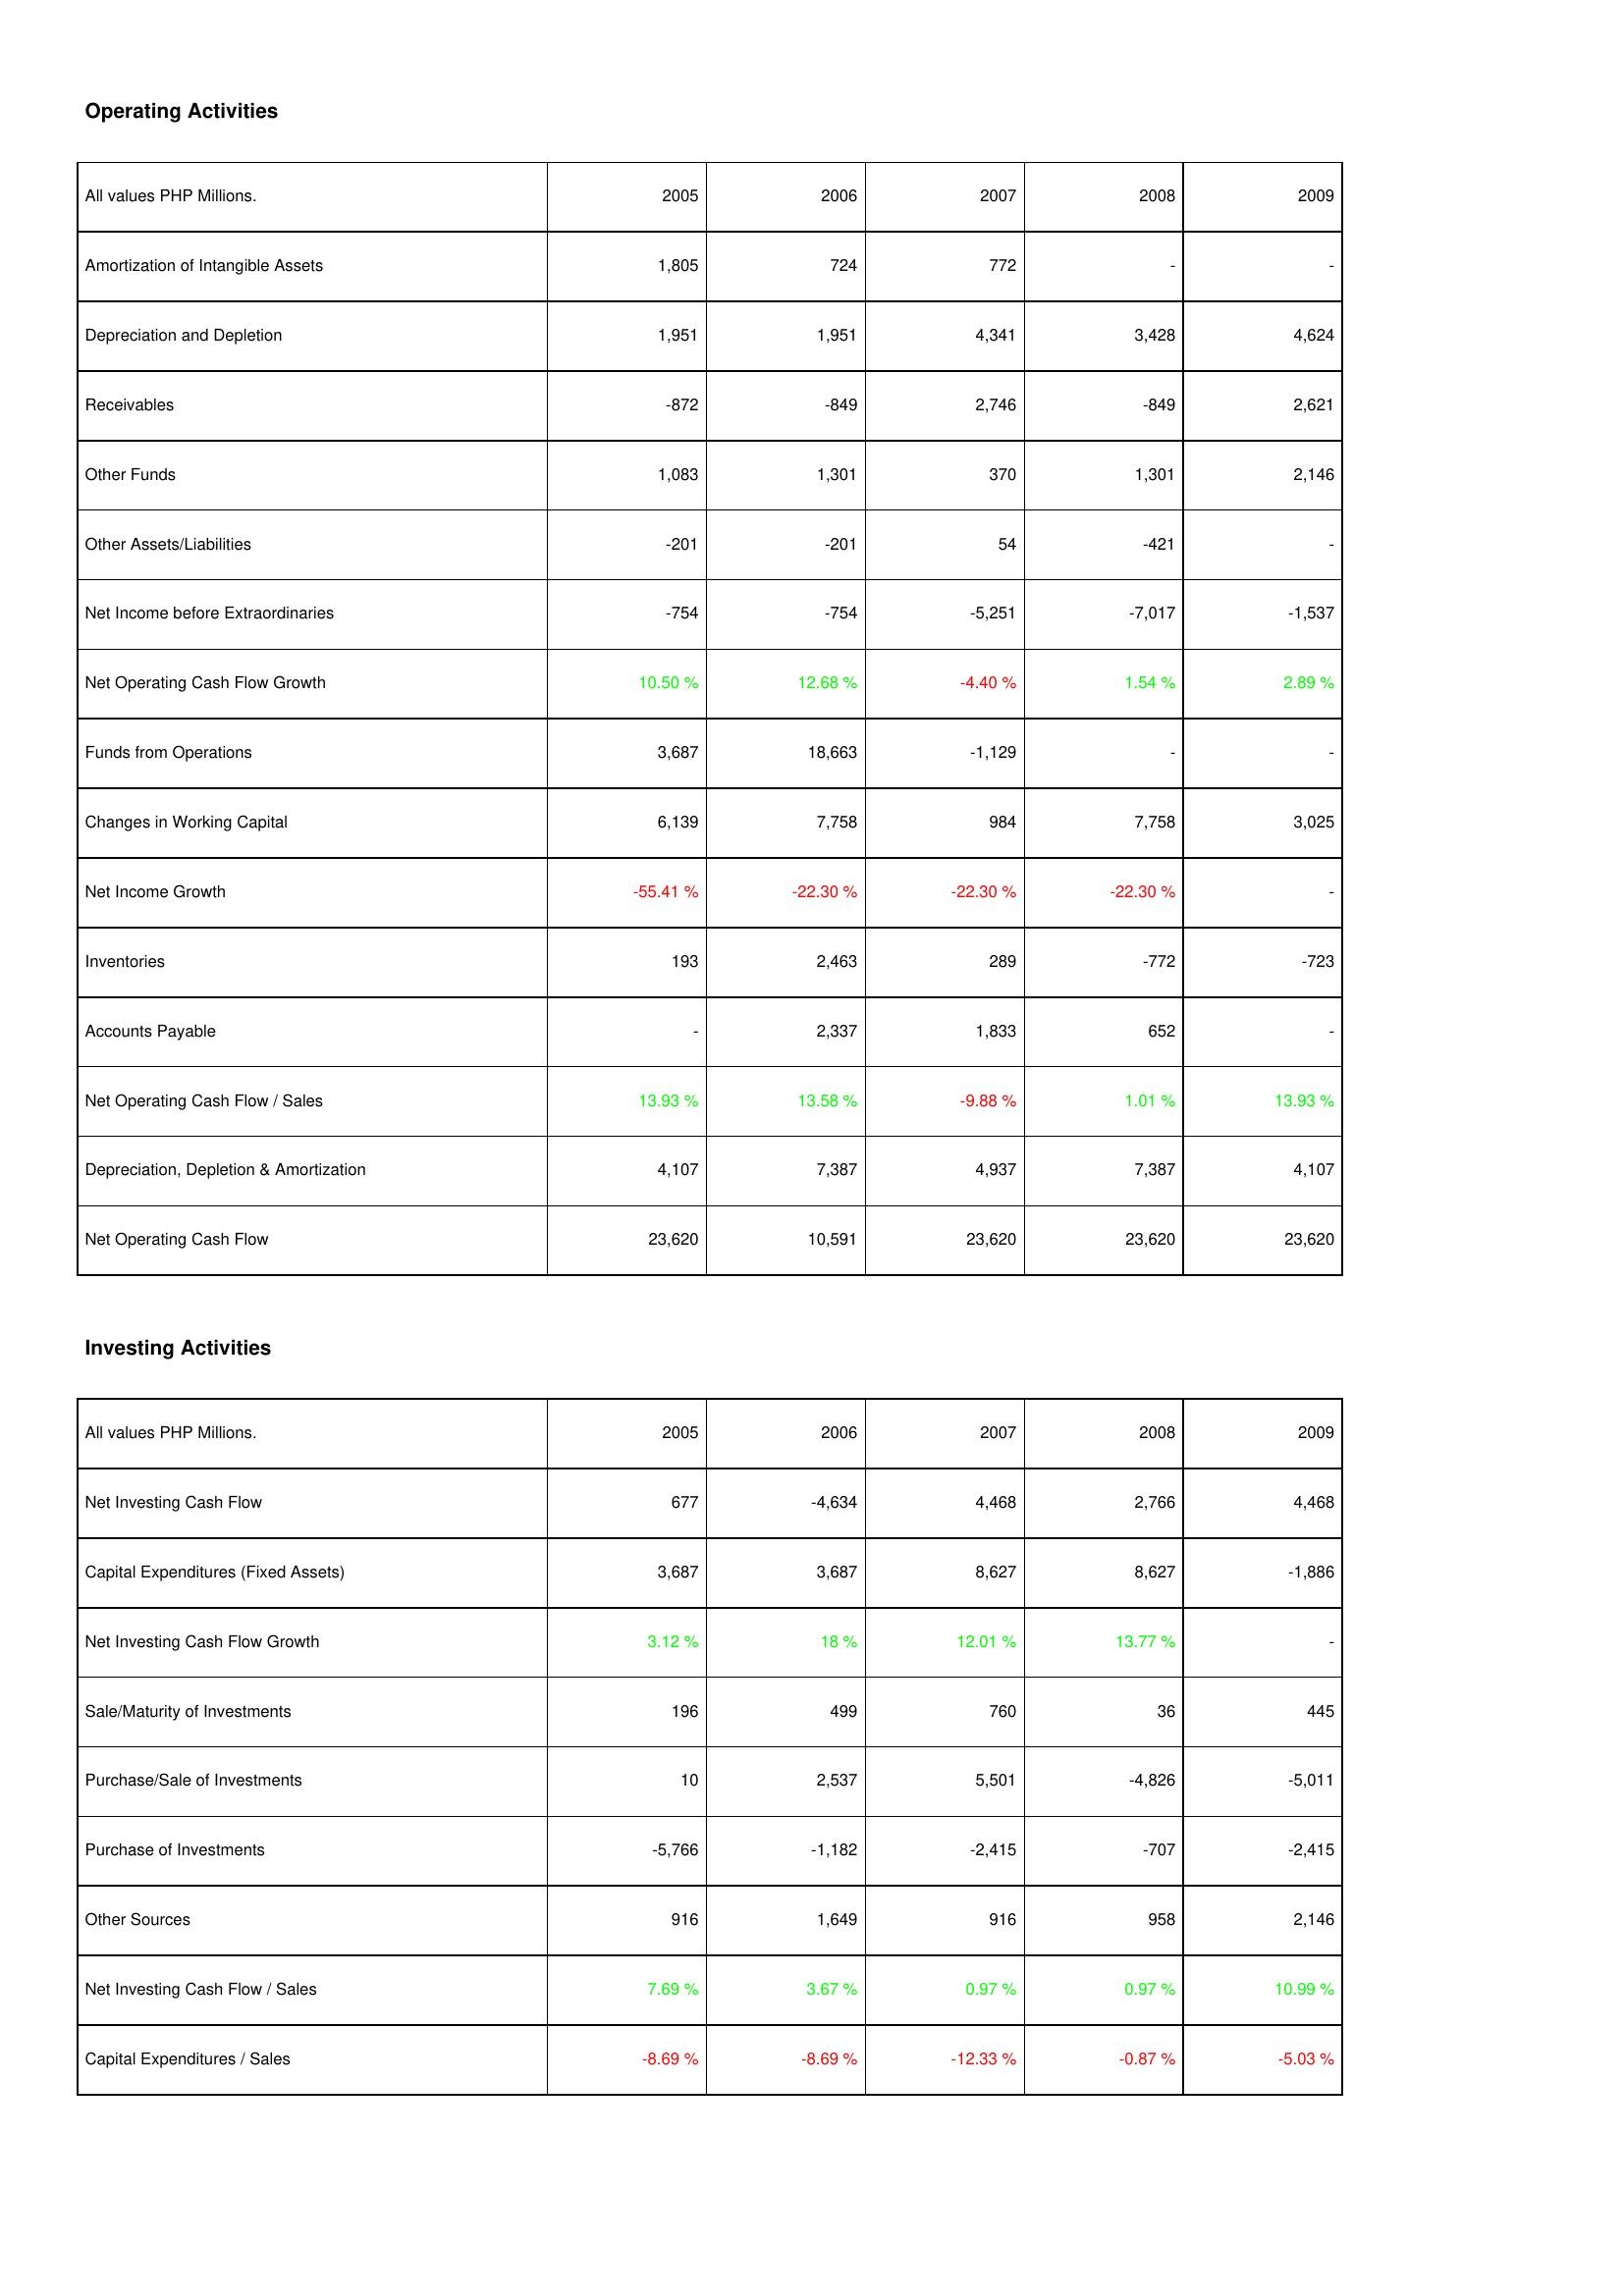
2005: Operating Activities: Amortization of Intangible Assets: 1,805
Depreciation and Depletion: 1,951
Receivables: -872
Other Funds: 1,083
Other Assets/Liabilities: -201
Net Income before Extraordinaries: -754
Net Operating Cash Flow Growth: 10.50 %
Funds from Operations: 3,687
Changes in Working Capital: 6,139
Net Income Growth: -55.41 %
Inventories: 193
Accounts Payable: -
Net Operating Cash Flow / Sales: 13.93 %
Depreciation, Depletion & Amortization: 4,107
Net Operating Cash Flow: 23,620
Investing Activities: Net Investing Cash Flow: 677
Capital Expenditures (Fixed Assets): 3,687
Net Investing Cash Flow Growth: 3.12 %
Sale/Maturity of Investments: 196
Purchase/Sale of Investments: 10
Purchase of Investments: -5,766
Other Sources: 916
Net Investing Cash Flow / Sales: 7.69 %
Capital Expenditures / Sales: -8.69 %
2006: Operating Activities: Amortization of Intangible Assets: 724
Depreciation and Depletion: 1,951
Receivables: -849
Other Funds: 1,301
Other Assets/Liabilities: -201
Net Income before Extraordinaries: -754
Net Operating Cash Flow Growth: 12.68 %
Funds from Operations: 18,663
Changes in Working Capital: 7,758
Net Income Growth: -22.30 %
Inventories: 2,463
Accounts Payable: 2,337
Net Operating Cash Flow / Sales: 13.58 %
Depreciation, Depletion & Amortization: 7,387
Net Operating Cash Flow: 10,591
Investing Activities: Net Investing Cash Flow: -4,634
Capital Expenditures (Fixed Assets): 3,687
Net Investing Cash Flow Growth: 18 %
Sale/Maturity of Investments: 499
Purchase/Sale of Investments: 2,537
Purchase of Investments: -1,182
Other Sources: 1,649
Net Investing Cash Flow / Sales: 3.67 %
Capital Expenditures / Sales: -8.69 %
2007: Operating Activities: Amortization of Intangible Assets: 772
Depreciation and Depletion: 4,341
Receivables: 2,746
Other Funds: 370
Other Assets/Liabilities: 54
Net Income before Extraordinaries: -5,251
Net Operating Cash Flow Growth: -4.40 %
Funds from Operations: -1,129
Changes in Working Capital: 984
Net Income Growth: -22.30 %
Inventories: 289
Accounts Payable: 1,833
Net Operating Cash Flow / Sales: -9.88 %
Depreciation, Depletion & Amortization: 4,937
Net Operating Cash Flow: 23,620
Investing Activities: Net Investing Cash Flow: 4,468
Capital Expenditures (Fixed Assets): 8,627
Net Investing Cash Flow Growth: 12.01 %
Sale/Maturity of Investments: 760
Purchase/Sale of Investments: 5,501
Purchase of Investments: -2,415
Other Sources: 916
Net Investing Cash Flow / Sales: 0.97 %
Capital Expenditures / Sales: -12.33 %
2008: Operating Activities: Amortization of Intangible Assets: -
Depreciation and Depletion: 3,428
Receivables: -849
Other Funds: 1,301
Other Assets/Liabilities: -421
Net Income before Extraordinaries: -7,017
Net Operating Cash Flow Growth: 1.54 %
Funds from Operations: -
Changes in Working Capital: 7,758
Net Income Growth: -22.30 %
Inventories: -772
Accounts Payable: 652
Net Operating Cash Flow / Sales: 1.01 %
Depreciation, Depletion & Amortization: 7,387
Net Operating Cash Flow: 23,620
Investing Activities: Net Investing Cash Flow: 2,766
Capital Expenditures (Fixed Assets): 8,627
Net Investing Cash Flow Growth: 13.77 %
Sale/Maturity of Investments: 36
Purchase/Sale of Investments: -4,826
Purchase of Investments: -707
Other Sources: 958
Net Investing Cash Flow / Sales: 0.97 %
Capital Expenditures / Sales: -0.87 %
2009: Operating Activities: Amortization of Intangible Assets: -
Depreciation and Depletion: 4,624
Receivables: 2,621
Other Funds: 2,146
Other Assets/Liabilities: -
Net Income before Extraordinaries: -1,537
Net Operating Cash Flow Growth: 2.89 %
Funds from Operations: -
Changes in Working Capital: 3,025
Net Income Growth: -
Inventories: -723
Accounts Payable: -
Net Operating Cash Flow / Sales: 13.93 %
Depreciation, Depletion & Amortization: 4,107
Net Operating Cash Flow: 23,620
Investing Activities: Net Investing Cash Flow: 4,468
Capital Expenditures (Fixed Assets): -1,886
Net Investing Cash Flow Growth: -
Sale/Maturity of Investments: 445
Purchase/Sale of Investments: -5,011
Purchase of Investments: -2,415
Other Sources: 2,146
Net Investing Cash Flow / Sales: 10.99 %
Capital Expenditures / Sales: -5.03 %